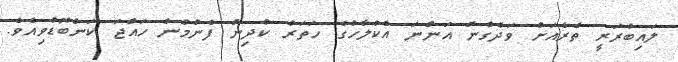
ލައިބްރަރީ ތެރެއަށް ވަދެގެން އަންނަ އެކުލާހުގެ ހަތަރު ކުދިން ފެނުމުން ހައްޖަ ކަންބޮޑުވިއެވެ.